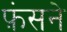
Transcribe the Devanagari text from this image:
फ़ंसने